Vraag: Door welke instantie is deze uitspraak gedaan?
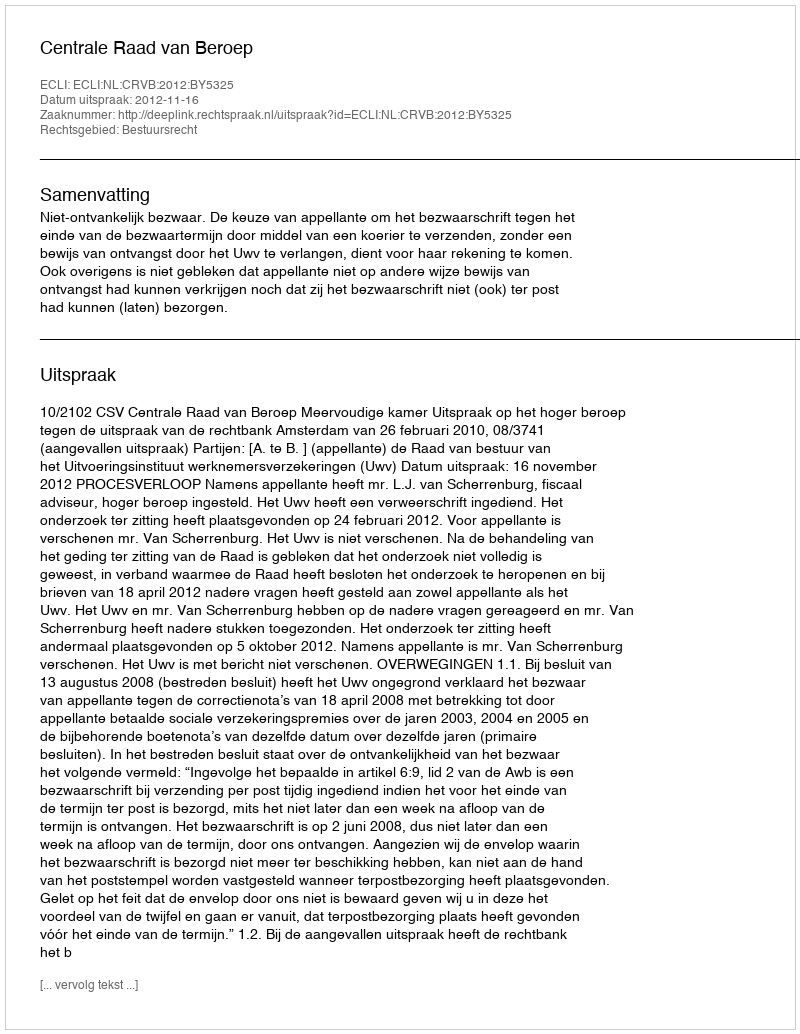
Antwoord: Centrale Raad van Beroep